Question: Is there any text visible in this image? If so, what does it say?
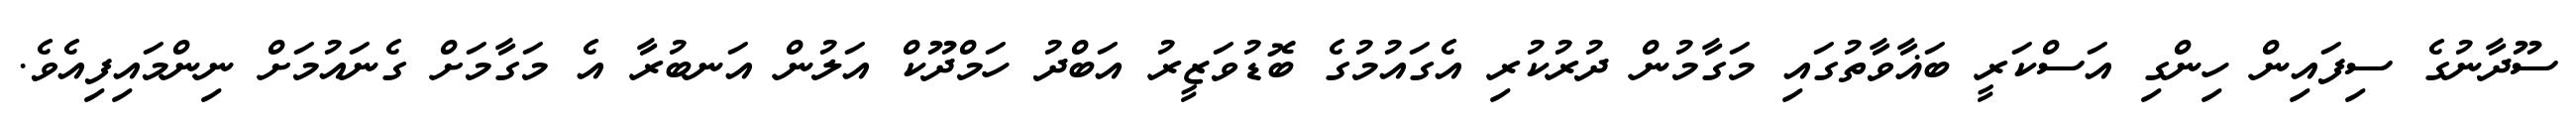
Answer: ސޫދާނުގެ ސިފައިން ހިންގި އަސްކަރީ ބަޣާވާތުގައި މަގާމުން ދުރުކުރި އެގައުމުގެ ބޮޑުވަޒީރު އަބްދު ހަމްދޫކް އަލުން އަނބުރާ އެ މަގާމަށް ގެނައުމަށް ނިންމައިފިއެވެ.